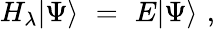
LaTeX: H_{\lambda}|\Psi\rangle\, \, =\, \, E|\Psi\rangle\, \, ,